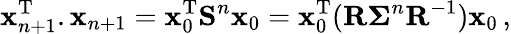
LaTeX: {\mathbf x}_{n+1}^{\mathrm{T}}.{\mathbf x}_{n+1}={\mathbf x}_{0}^{\mathrm{T}}{\mathbf S}^{n}{\mathbf x}_{0}={\mathbf x}_{0}^{\mathrm{T}}({\mathbf R}\mathbf{\Sigma}^{n}{\mathbf R}^{-1}){\mathbf x}_{0}\, ,